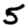
Digit: 5